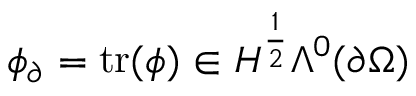
\phi _ { \partial } = \mathrm { t r } ( \phi ) \in H ^ { \frac { 1 } { 2 } } \Lambda ^ { 0 } ( \partial \Omega )